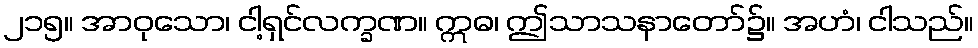
၂၁၅။ အာဝုသော၊ ငါ့ရှင်လက္ခဏ။ ဣဓ၊ ဤသာသနာတော်၌။ အဟံ၊ ငါသည်။